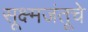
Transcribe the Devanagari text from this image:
सूक्ष्मजंतूचे